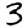
Digit: 3